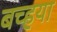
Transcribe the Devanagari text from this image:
बच्हया